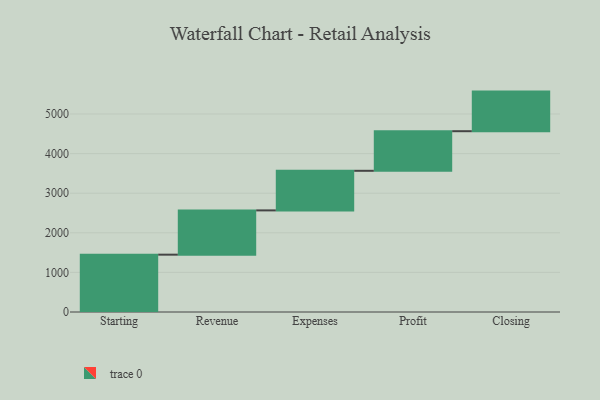
{"axis": {"x": "Step", "y": "Value"}, "legend": [""], "data": [{"x": "Starting", "y": 1448.0, "type": ""}, {"x": "Revenue", "y": 1118.0, "type": ""}, {"x": "Expenses", "y": 1000, "type": ""}, {"x": "Profit", "y": 1000, "type": ""}, {"x": "Closing", "y": 1000, "type": ""}]}